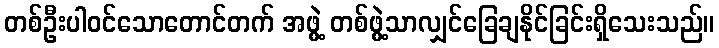
တစ်ဦးပါဝင်သောတောင်တက် အဖွဲ့ တစ်ဖွဲ့သာလျှင်ခြေချနိုင်ခြင်းရှိသေးသည်။